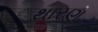
થારણ